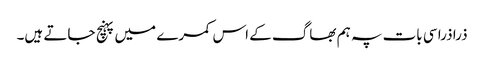
ذرا ذرا سی بات پہ ہم بھاگ کے اس کمرے میں پہنچ جاتے ہیں۔